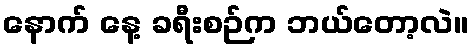
နောက် နေ့ ခရီးစဉ်က ဘယ်တော့လဲ။